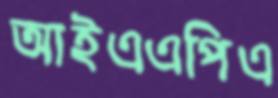
আইএএপিএ